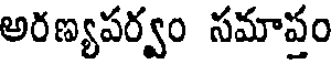
అరణ్యపర్వం సమాప్రం